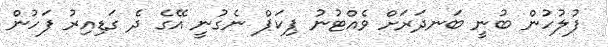
ފުލުހުން ބުނީ ބަނދަރަށް ވެއްޓުނު ޕިކަޕް ނެގުނީ އޭގެ ދެ ގަޑިއިރު ފަހުން